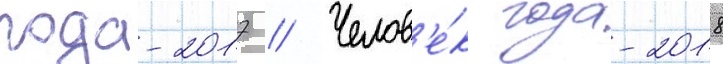
года-2017 // Челов'е́к года-2018